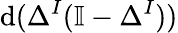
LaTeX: \mathrm{d}(\Delta^{I}(\mathbb{I}-\Delta^{I}))